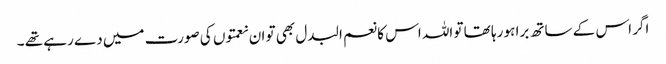
اگر اس کے ساتھ برا ہو رہا تھا تو اللہ اس کا نعم البدل بھی تو ان نعمتوں کی صورت میں دے رہے تھے ۔